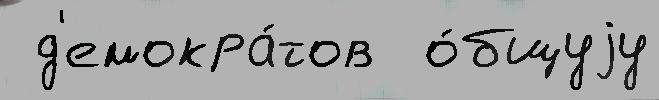
 д'емокра́тов  о́бщуjу